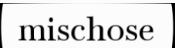
mischose